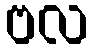
ဗလ